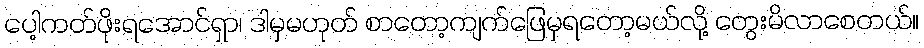
ပေါ့ကတ်ဖိုးရအောင်ရှာ၊ ဒါမှမဟုတ် စာတော့ကျက်ဖြေမှရတော့မယ်လို့ တွေးမိလာစေတယ်။